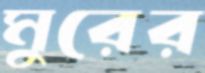
মুরের